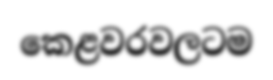
කෙළවරවලටම